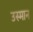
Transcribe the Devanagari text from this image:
उस्‍मान